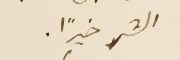
الشر خيرًا.